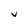
Character: V